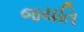
જયતિ